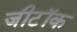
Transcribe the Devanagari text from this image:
जीटॉक